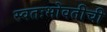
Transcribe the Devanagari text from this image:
स्वतःभोवतीची